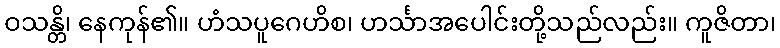
ဝသန္တိ၊ နေကုန်၏။ ဟံသပူဂေဟိစ၊ ဟင်္သာအပေါင်းတို့သည်လည်း။ ကူဇိတာ၊